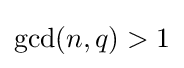
{\textstyle \gcd(n,q)>1}